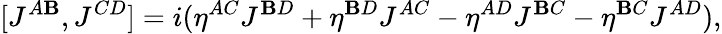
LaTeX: [J^{A\mathbf{B}},J^{CD}]=i(\eta^{AC}J^{\mathbf{B}D}+\eta^{\mathbf{B}D}J^{AC}-\eta^{AD}J^{\mathbf{B}C}-\eta^{\mathbf{B}C}J^{AD}),